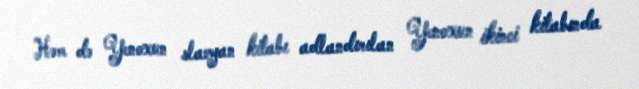
Həm də Yenoxun slavyan kitabı adlandırılan Yenoxun ikinci kitabında